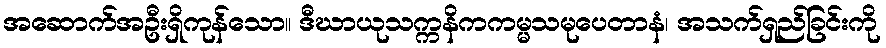
အဆောက်အဦးရှိကုန်သော။ ဒီဃာယုသက္ကနိကကမ္မသမုပေတာနံ၊ အသက်ရှည်ခြင်းကို